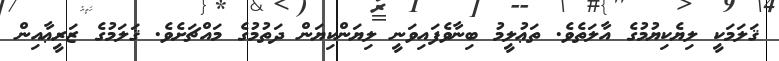
ޤަލަމަކީ ލިޔެކިޔުމުގެ އާލަތެވެ. ތަޢުލީމު ބިނާވެފައިވަނީ ލިޔަންކިޔަން ދަތުމުގެ މައްޗަށެވެ. ޤަލަމުގެ ޒަރީޢާއިން